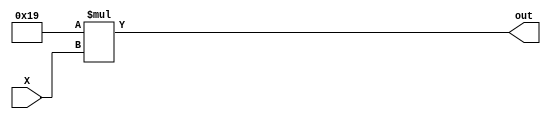
module mux_16_Entries(X, out);
    input [3:0] X;
    output [8:0] out;

    assign out = 25*X;
endmodule


module dff(q, qbar, d, clk, reset);
    input d, clk, reset;
    output q, qbar;

    reg q;
    wire qbar;
    assign qbar = ~q;
    initial 
        q <= 1'b0;

    always @(posedge clk or reset)
    begin
      if(reset)
        q <= 1'b0;
      else
        q <= d;

    //   qbar = ~q;
    end

endmodule


module ACC_RST(clk, reset, Acc_rst1, Acc_rst2);
    input clk, reset;
    output Acc_rst1, Acc_rst2;

    wire [3:0] q, qbar;

    dff DFF1(q[0], qbar[0], qbar[0], clk, reset);
    dff DFF2(q[1], qbar[1], qbar[1], q[0], reset);
    dff DFF3(q[2], qbar[2], qbar[2], q[1], reset);
    dff DFF4(q[3], qbar[3], qbar[3], q[2], reset);

    assign Acc_rst1 = q[2];
    assign Acc_rst2 = q[3];
endmodule

module Adder_Register(Acc_rst1, Acc_rst2, clk, out, Y);
    input Acc_rst1, Acc_rst2, clk;
    input[8:0] out;
    output[12:0] Y;

    reg[12:0] acc;

    initial
        acc = 13'b0;

    always @(posedge clk)
    begin
      if(Acc_rst1 == 1)
        acc = acc + {4'b0, out};
      else  
        acc = acc;
    end

    always @(posedge Acc_rst2 or negedge Acc_rst2)
    begin
      acc = 13'b0;
    end

    assign Y = acc;

endmodule


module INTG(reset, clk, X, Y);
    input reset, clk;
    input[3:0] X;

    output[12:0] Y;

    wire[8:0] out;
    wire Acc_rst1, Acc_rst2;

    mux_16_Entries mx(X, out);
    ACC_RST rst(clk, reset, Acc_rst1, Acc_rst2);
    Adder_Register ar(Acc_rst1, Acc_rst2, clk, out, Y);

endmodule

module tb_INTG;

    initial begin
        $dumpfile("datapath.vcd");
        $dumpvars;
    end

    reg reset, clk;
    reg[3:0] X;

    wire[12:0] Y;

    INTG int(reset, clk, X, Y);

    always
        #8 clk = ~clk;

    initial 
        begin
            clk = 1'b0;
            reset = 1'b1;
            X = 4'd0;
            #16  reset = 1'b0;
            #8  X = 4'd10;
            #16 X = 4'd5;
            #16 X = 4'd12;
            #16 X = 4'd1;

            #16 X = 4'd13;
            #16 X = 4'd7;
            #16 X = 4'd9;
            #16 X = 4'd2;

            #16 X = 4'd11;
            #16 X = 4'd5;
            #16 X = 4'd4;
            #16 X = 4'd2;
            #200 $finish;
        end

endmodule